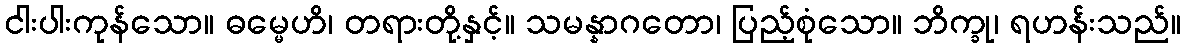
ငါးပါးကုန်သော။ ဓမ္မေဟိ၊ တရားတို့နှင့်။ သမန္နာဂတော၊ ပြည့်စုံသော။ ဘိက္ခု၊ ရဟန်းသည်။